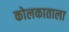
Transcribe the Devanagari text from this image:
कोलकाताला